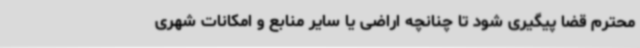
محترم قضا پیگیری شود تا چنانچه اراضی یا سایر منابع و امکانات شهری